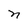
Character: n